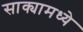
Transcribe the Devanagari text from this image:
साक्यामध्ये